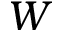
{ W }